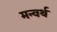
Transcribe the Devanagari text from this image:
मन्वर्थ